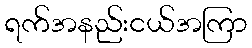
ရက်အနည်းငယ်အကြာ